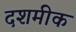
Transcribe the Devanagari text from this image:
दशमीक